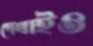
দেখাইও